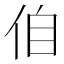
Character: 㑑